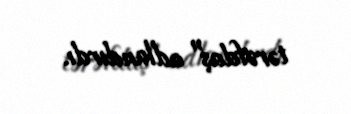
tərəfdaş" adlandırdı.